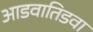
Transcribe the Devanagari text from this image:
आडवातिडवा